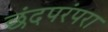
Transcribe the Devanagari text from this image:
छंदपरंपरा